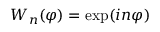
W _ { n } ( \varphi ) = \exp ( i n \varphi )